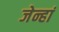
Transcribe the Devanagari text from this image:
जेन्हां